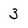
Character: 3